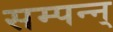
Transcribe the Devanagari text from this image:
सम्पन्न्